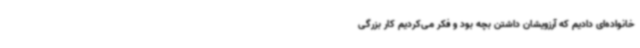
خانواده‌ای دادیم که آرزویشان داشتن بچه بود و فکر می‌کردیم کار بزرگی